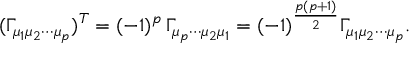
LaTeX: ( \Gamma _ { \mu _ { 1 } \mu _ { 2 } \cdots \mu _ { p } } ) ^ { T } = ( - 1 ) ^ { p } \, \Gamma _ { \mu _ { p } \cdots \mu _ { 2 } \mu _ { 1 } } = ( - 1 ) ^ { \frac { p ( p + 1 ) } { 2 } } \Gamma _ { \mu _ { 1 } \mu _ { 2 } \cdots \mu _ { p } } .